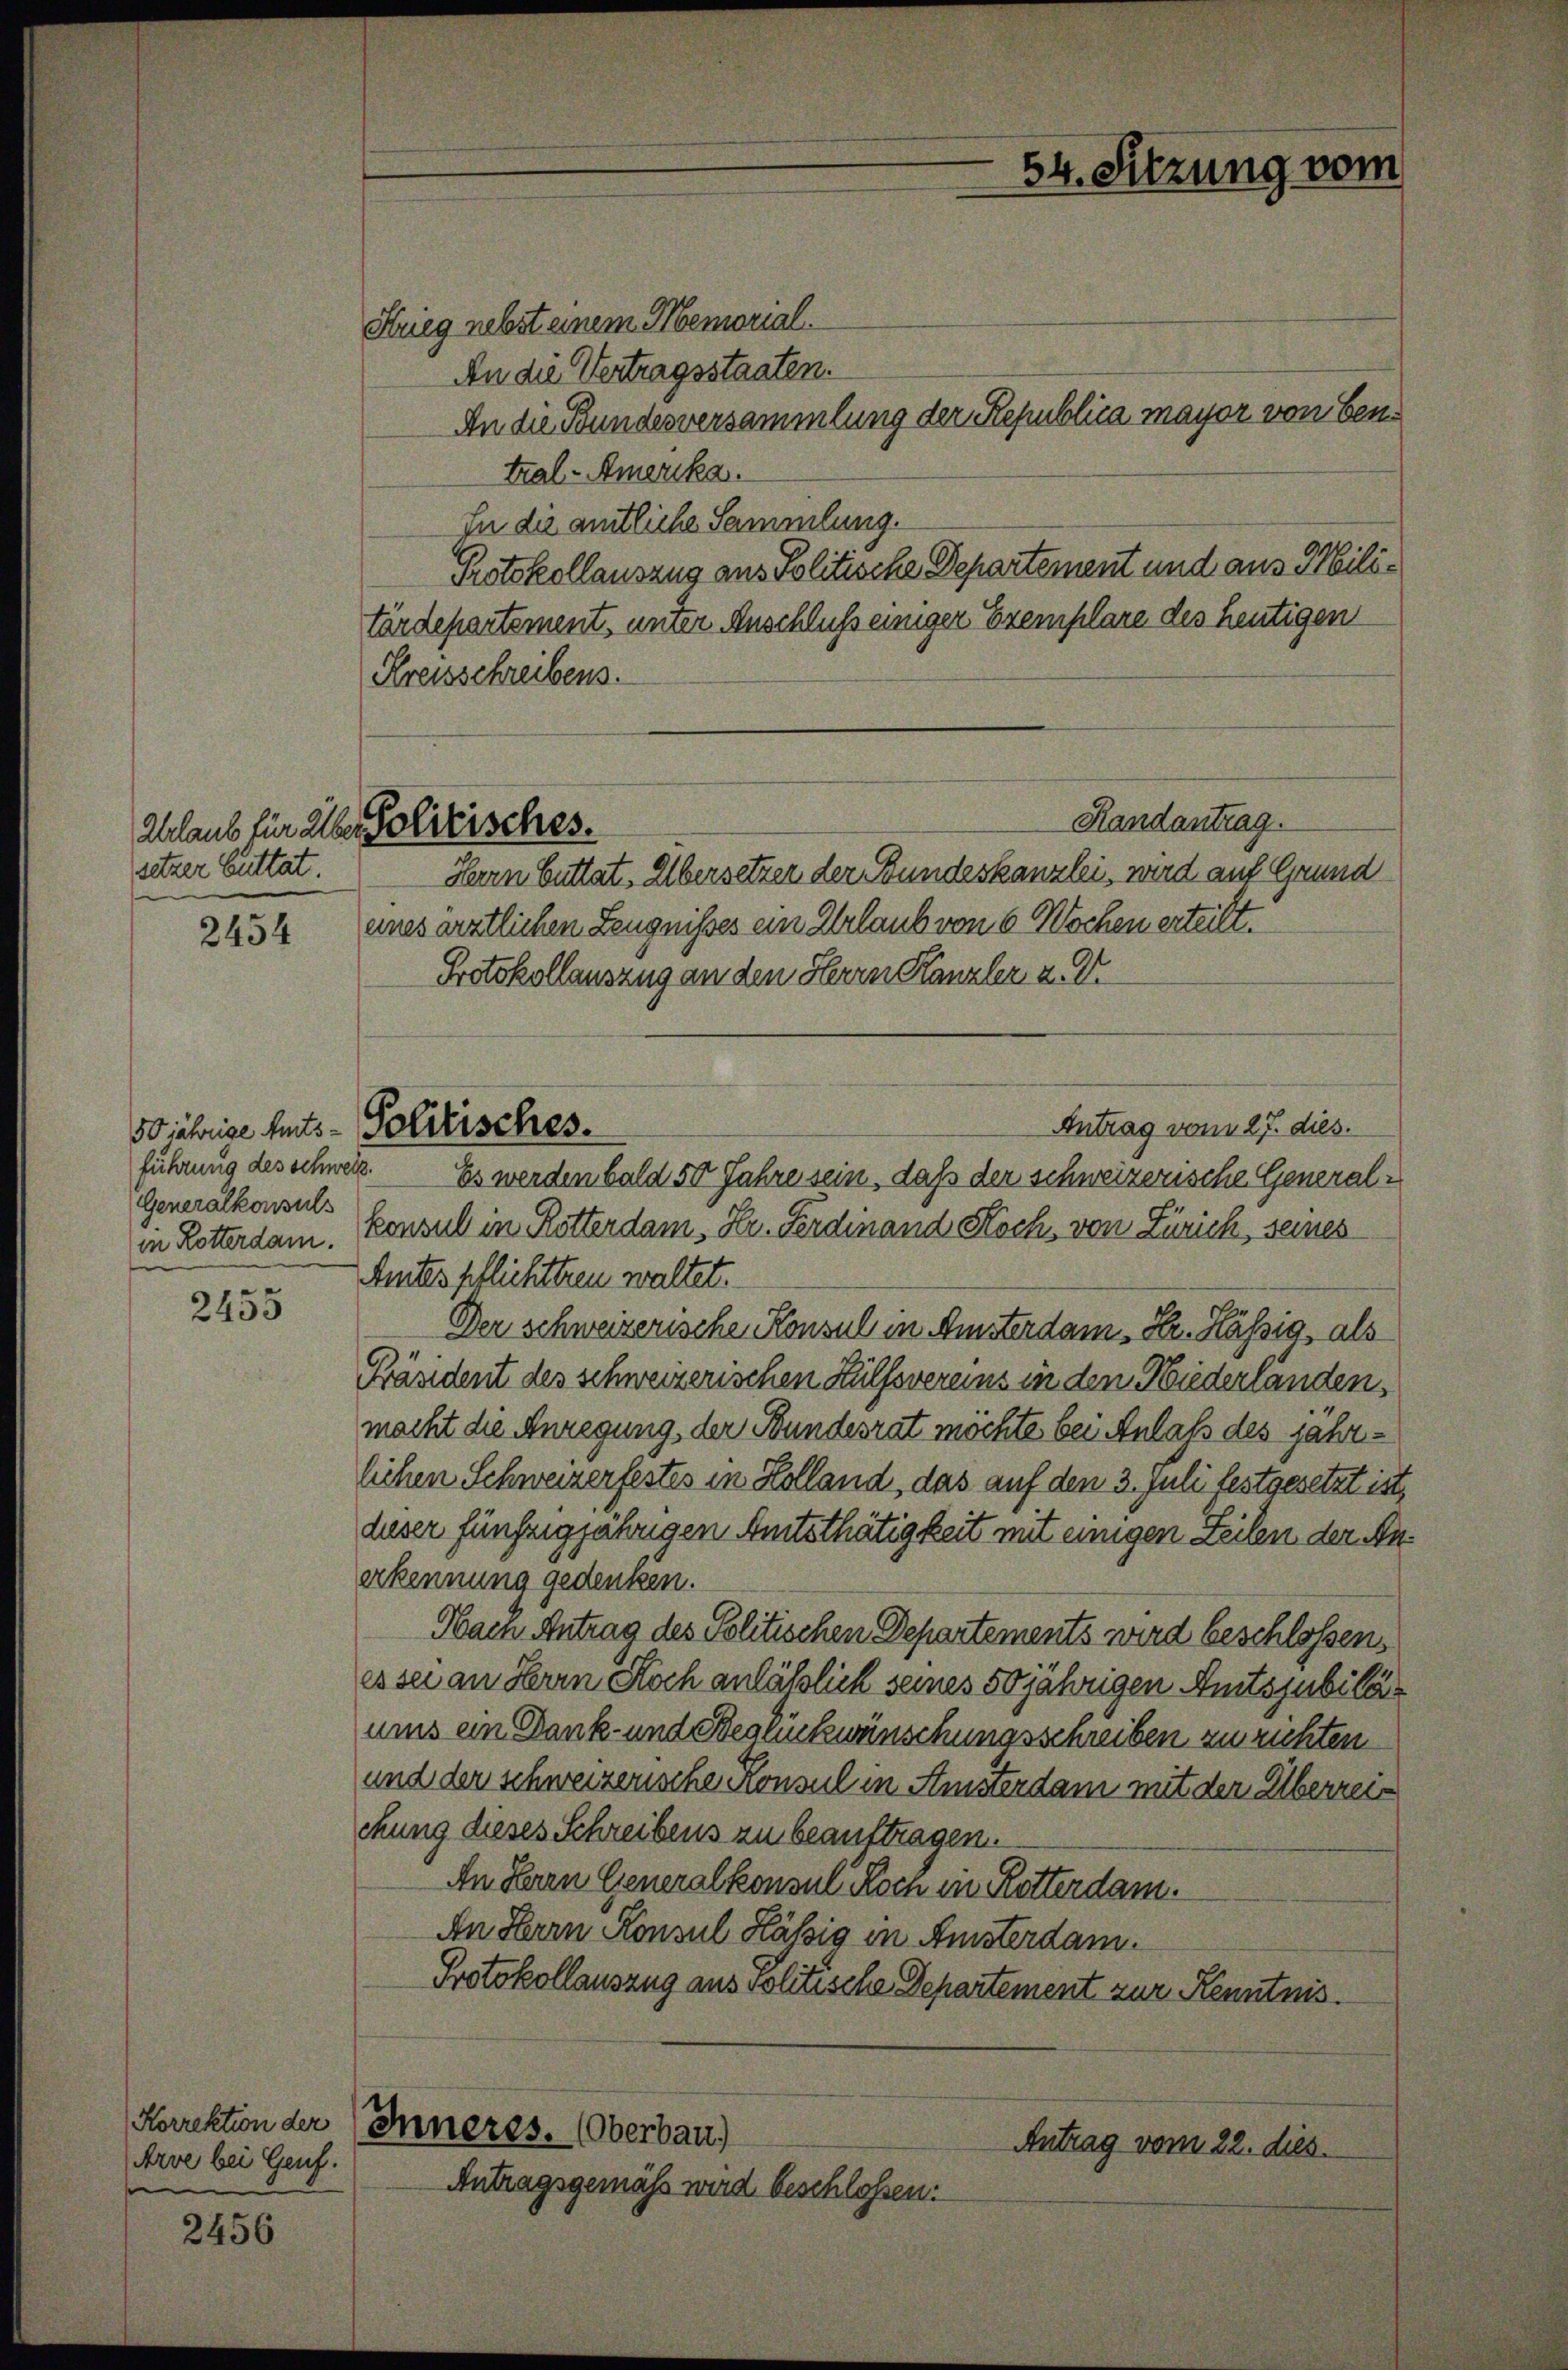
sitzer Buttat.

2454

führung des Schweiz.
Generalkonsuls
in Rotterdam.

2455

2456

Arve bei Genf.

Kreisschreibens.

Ablaub für alle Politisches.

Hueg nebst einem Memorial.
An die Vertragsstaaten.
An die Bundesversammlung der Republica mayor von Bentral-Amerika.
In die amtliche Sammlung.
Protokollauszug aus Politische Departement und aus Militärdepartement, unter Anschluß einiger Exemplare des heutigen
Randantrag.
Herrn Guttat. Übersetzer der Bundeskanzlei, wird auf Grund
anes ärztlichen Zeugnisses ein Erlaub von 6 Wochen erteilt.
Protokollauszug an den Herrn Kanzler u. Dr.
Antrag vom 27. dies.
Es werden bald 50 Jahre sein, daß der schweizerische Generalkonsul in Rotterdam, Hr. Ferdinand Koch, von Zürich, seines
Amtes pflichttreu waltet.
Der schweizerischen Konsul in Ansterdam Fr. Häßig, als
Präsident des schweizerischen Hülfsvereins in den Niederlanden,
macht die Anregung der Bundesrat möchte bei Anlaß des jahrlichen Schweizerfestes in Kolland, das auf den 3. Juli festgesetzt ist,
deser fünfzigjährigen Amtsthätigkeit mit einigen Zeilen der Anerkennung gedenken.
Hain Antrag des Politischen Departements wird beschlossen,
es sei an Herrn Stoch anläßlich seines 50jährigen Amtsjubiläuus ein Dank- und Besaukwünschungsschreiben zu richten
und der schweizerische Konsul in Amsterdam mit der Überreis
ckung dieses Schreibens zu beauftragen.
An Herrn Generalkonsul Koch in Rotterdam.
An Herrn Konsul Käßig in Amsterdam.
Protokollauszug aus Politische Departement zur Kenntnis.
Korrektion der Inneres. (Oberbau)
Antrag vom 22. dies.

50 jährige Eints - Politisches.

Antragsgemäss wird beschlossen:

54. Sitzung vom